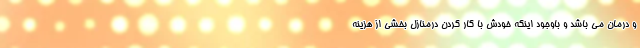
و درمان می باشد و باوجود اینکه خودش با کار کردن درمنازل بخشی از هزینه